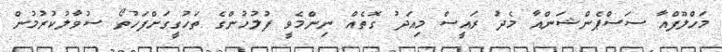
މަހްލޫފްއާ ސަސްޕެންޝަންއާ މެދު ރައީސް މިއަދު ގޮތެއް ނިންމެވީ ފުލުހުންގެ ތަހުގީގަށްފަހުތޯ ސުވާލުކުރުމުން